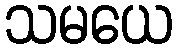
သမယေ